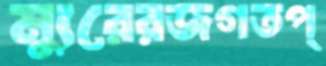
ম্যুরেরজগতপ্